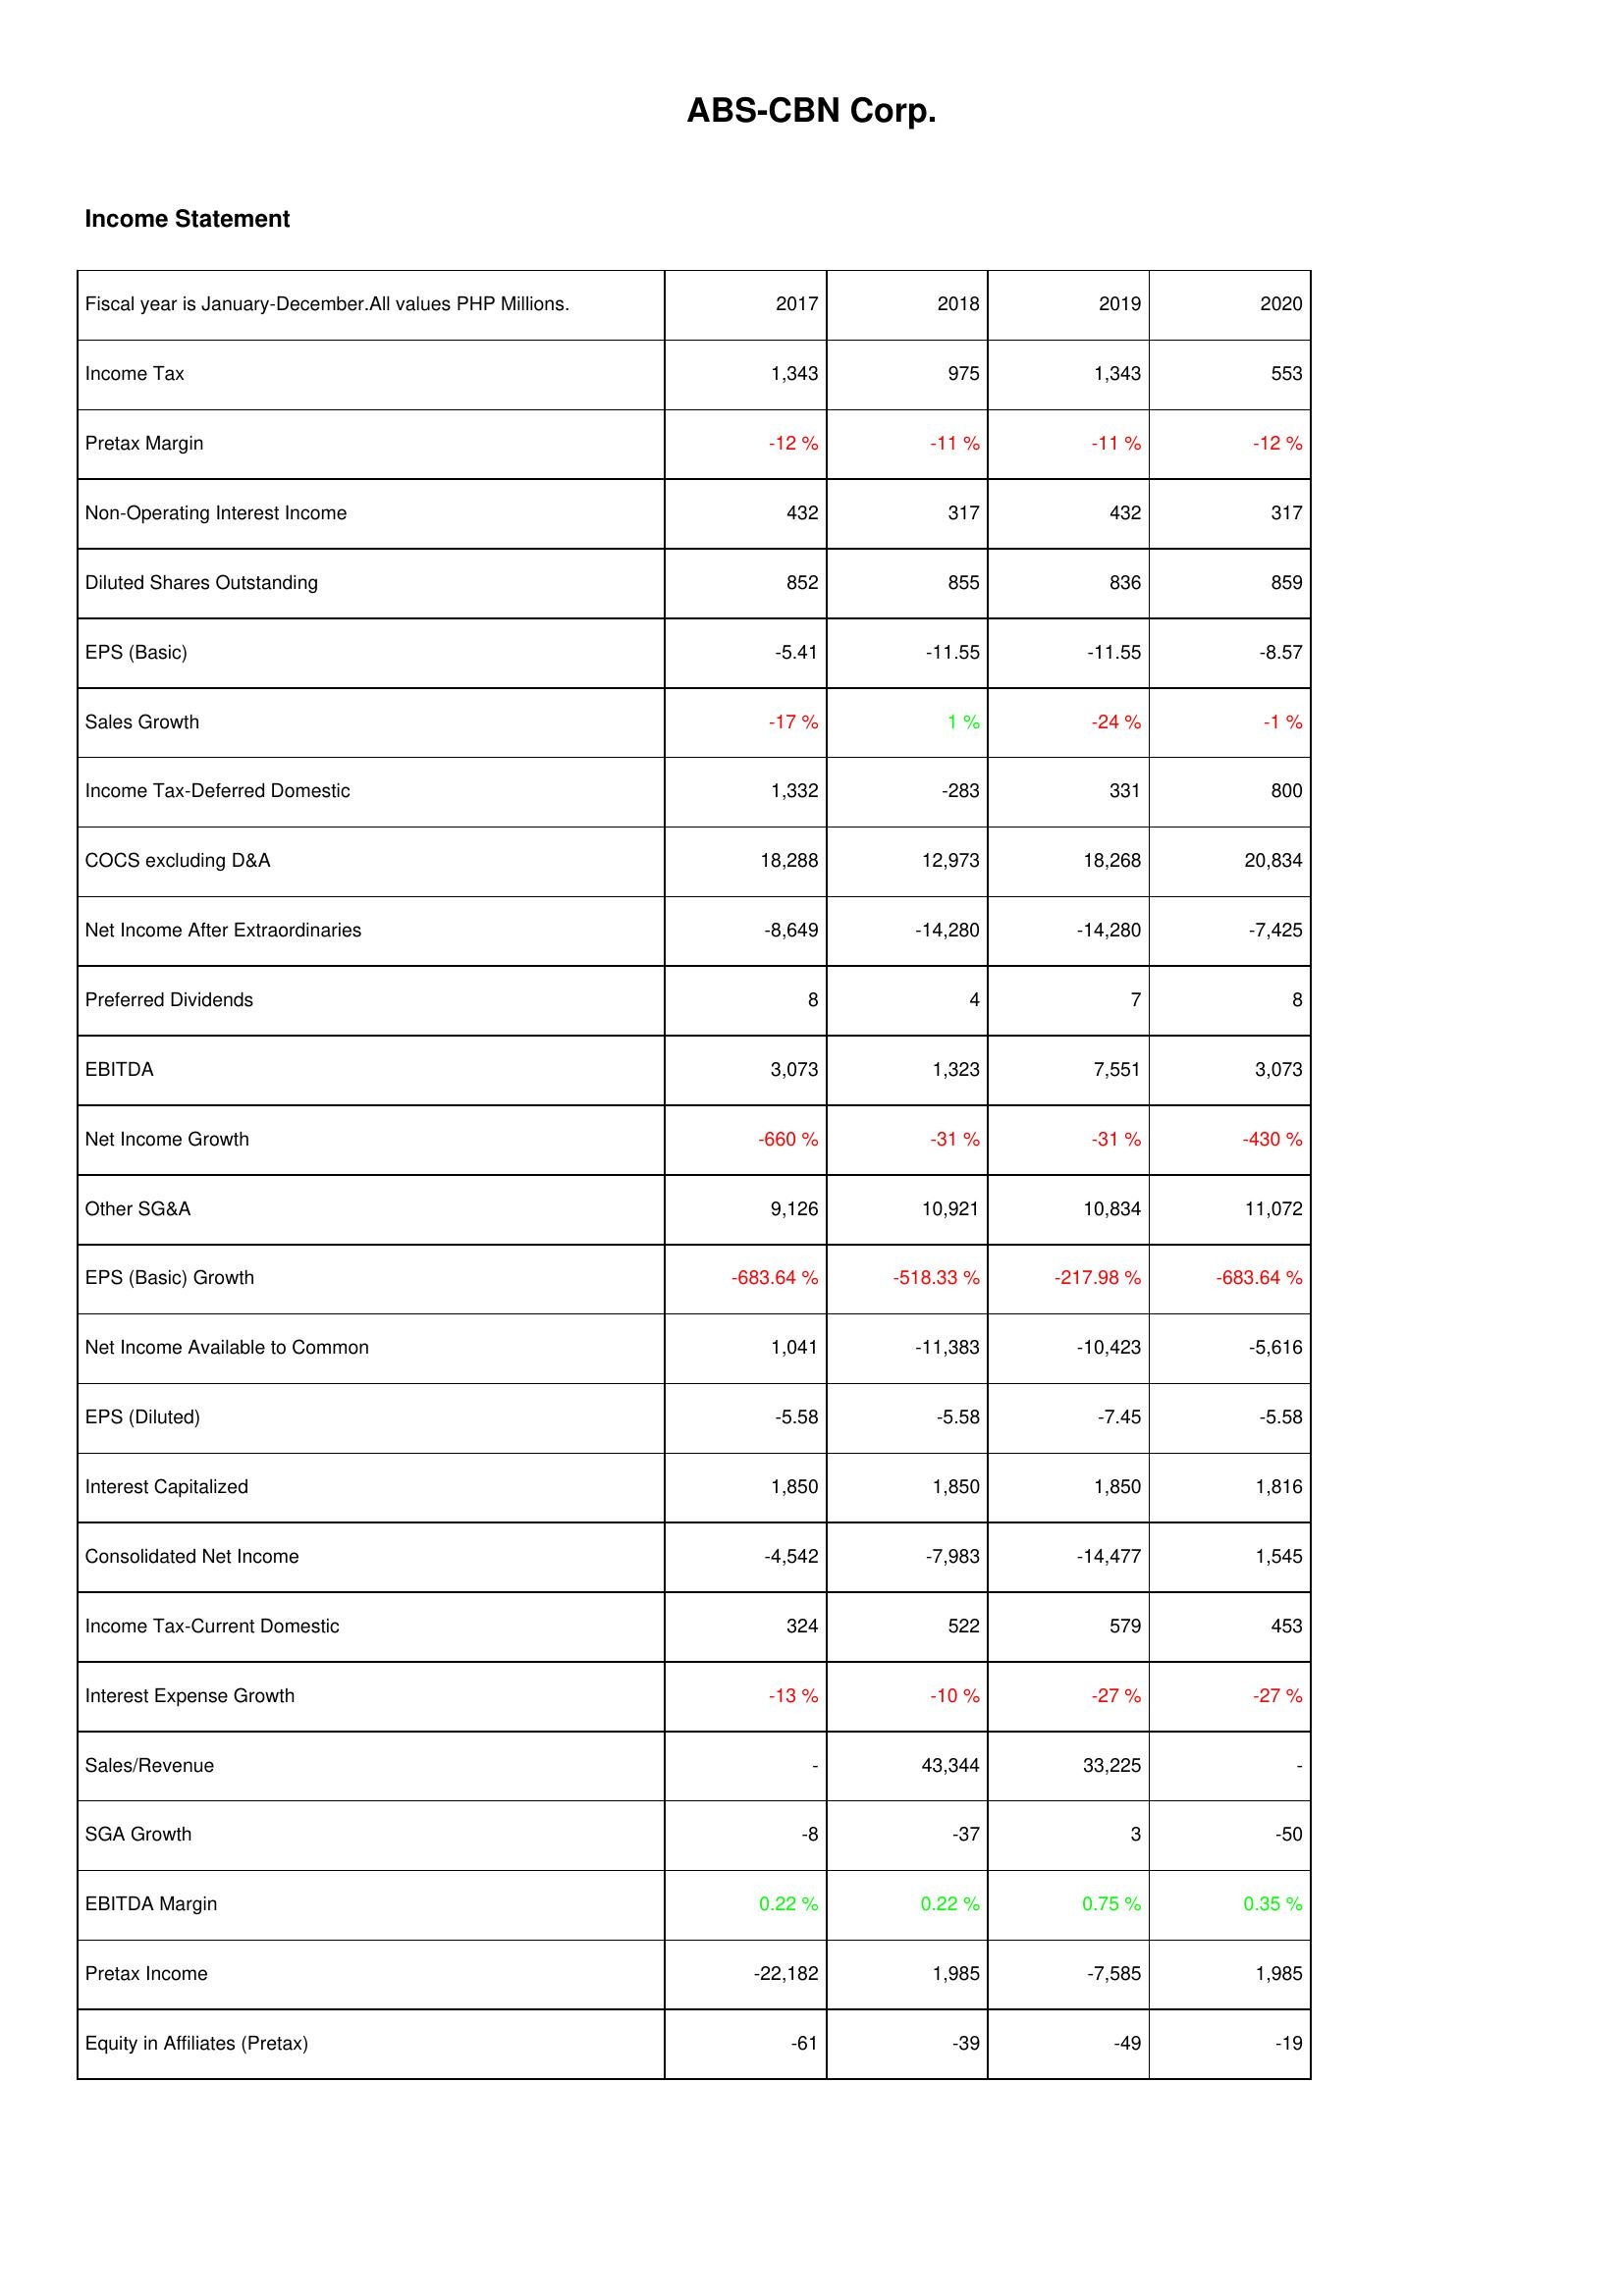
2017: Income Statement: Income Tax: 1,343
Pretax Margin: -12 %
Non-Operating Interest Income: 432
Diluted Shares Outstanding: 852
EPS (Basic): -5.41
Sales Growth: -17 %
Income Tax-Deferred Domestic: 1,332
COCS excluding D&A: 18,288
Net Income After Extraordinaries: -8,649
Preferred Dividends: 8
EBITDA: 3,073
Net Income Growth: -660 %
Other SG&A: 9,126
EPS (Basic) Growth: -683.64 %
Net Income Available to Common: 1,041
EPS (Diluted): -5.58
Interest Capitalized: 1,850
Consolidated Net Income: -4,542
Income Tax-Current Domestic: 324
Interest Expense Growth: -13 %
Sales/Revenue: -
SGA Growth: -8
EBITDA Margin: 0.22 %
Pretax Income: -22,182
Equity in Affiliates (Pretax): -61
2018: Income Statement: Income Tax: 975
Pretax Margin: -11 %
Non-Operating Interest Income: 317
Diluted Shares Outstanding: 855
EPS (Basic): -11.55
Sales Growth: 1 %
Income Tax-Deferred Domestic: -283
COCS excluding D&A: 12,973
Net Income After Extraordinaries: -14,280
Preferred Dividends: 4
EBITDA: 1,323
Net Income Growth: -31 %
Other SG&A: 10,921
EPS (Basic) Growth: -518.33 %
Net Income Available to Common: -11,383
EPS (Diluted): -5.58
Interest Capitalized: 1,850
Consolidated Net Income: -7,983
Income Tax-Current Domestic: 522
Interest Expense Growth: -10 %
Sales/Revenue: 43,344
SGA Growth: -37
EBITDA Margin: 0.22 %
Pretax Income: 1,985
Equity in Affiliates (Pretax): -39
2019: Income Statement: Income Tax: 1,343
Pretax Margin: -11 %
Non-Operating Interest Income: 432
Diluted Shares Outstanding: 836
EPS (Basic): -11.55
Sales Growth: -24 %
Income Tax-Deferred Domestic: 331
COCS excluding D&A: 18,268
Net Income After Extraordinaries: -14,280
Preferred Dividends: 7
EBITDA: 7,551
Net Income Growth: -31 %
Other SG&A: 10,834
EPS (Basic) Growth: -217.98 %
Net Income Available to Common: -10,423
EPS (Diluted): -7.45
Interest Capitalized: 1,850
Consolidated Net Income: -14,477
Income Tax-Current Domestic: 579
Interest Expense Growth: -27 %
Sales/Revenue: 33,225
SGA Growth: 3
EBITDA Margin: 0.75 %
Pretax Income: -7,585
Equity in Affiliates (Pretax): -49
2020: Income Statement: Income Tax: 553
Pretax Margin: -12 %
Non-Operating Interest Income: 317
Diluted Shares Outstanding: 859
EPS (Basic): -8.57
Sales Growth: -1 %
Income Tax-Deferred Domestic: 800
COCS excluding D&A: 20,834
Net Income After Extraordinaries: -7,425
Preferred Dividends: 8
EBITDA: 3,073
Net Income Growth: -430 %
Other SG&A: 11,072
EPS (Basic) Growth: -683.64 %
Net Income Available to Common: -5,616
EPS (Diluted): -5.58
Interest Capitalized: 1,816
Consolidated Net Income: 1,545
Income Tax-Current Domestic: 453
Interest Expense Growth: -27 %
Sales/Revenue: -
SGA Growth: -50
EBITDA Margin: 0.35 %
Pretax Income: 1,985
Equity in Affiliates (Pretax): -19